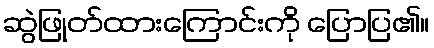
ဆွဲဖြုတ်ထားကြောင်းကို ပြောပြ၏။